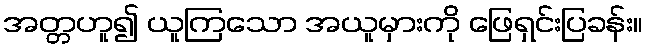
အတ္တဟူ၍ ယူကြသော အယူမှားကို ဖြေရှင်းပြခန်း။